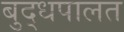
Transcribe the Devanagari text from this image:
बुद्धपालत